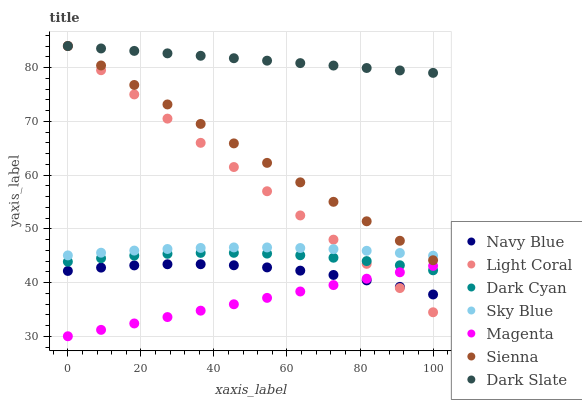
| xaxis_label | Navy Blue | Light Coral | Dark Cyan | Sky Blue | Magenta | Sienna | Dark Slate |
 | --- | --- | --- | --- | --- | --- | --- | --- |
 | 0 | 42.2 | 84 | 43.9 | 45 | 30 | 84 | 84 |
 | 9.09 | 42.8 | 79.5 | 44.5 | 45.5 | 31.2 | 80.4 | 83.5 |
 | 18.2 | 43.2 | 75 | 45 | 45.9 | 32.4 | 76.8 | 83.1 |
 | 27.3 | 43.4 | 70.5 | 45.3 | 46.2 | 33.6 | 73.1 | 82.6 |
 | 36.4 | 43.4 | 66 | 45.5 | 46.4 | 34.8 | 69.5 | 82.2 |
 | 45.5 | 43.2 | 61.5 | 45.5 | 46.5 | 36 | 65.9 | 81.7 |
 | 54.5 | 42.8 | 57 | 45.4 | 46.5 | 37.1 | 62.3 | 81.3 |
 | 63.6 | 42.2 | 52.5 | 45.1 | 46.4 | 38.3 | 58.6 | 80.8 |
 | 72.7 | 41.4 | 48 | 44.6 | 46.2 | 39.5 | 55 | 80.4 |
 | 81.8 | 40.4 | 43.5 | 44 | 45.9 | 40.7 | 51.4 | 79.9 |
 | 90.9 | 39.2 | 39 | 43.2 | 45.5 | 41.9 | 47.8 | 79.5 |
 | 100 | 37.8 | 34.5 | 42.3 | 45 | 43.1 | 44.1 | 79 |